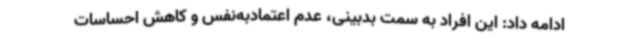
ادامه داد: این افراد به سمت بدبینی، عدم اعتمادبه‌نفس و کاهش احساسات